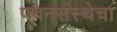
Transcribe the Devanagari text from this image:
पचनसंस्थेचा